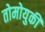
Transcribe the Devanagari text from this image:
तोमोयुकी